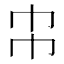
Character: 𢁝